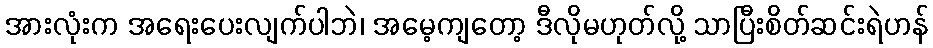
အားလုံးက အရေးပေးလျက်ပါဘဲ၊ အမေ့ကျတော့ ဒီလိုမဟုတ်လို့ သာပြီးစိတ်ဆင်းရဲဟန်